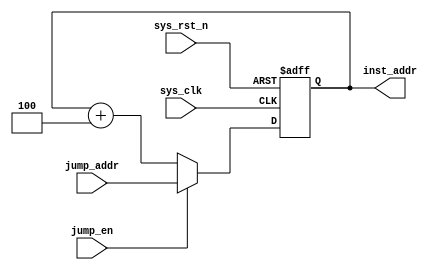
module program_counter (
    input wire sys_clk,
    input wire sys_rst_n,
    input wire jump_en,
    input wire [31:0] jump_addr,
    output reg [31:0] inst_addr
);
    
    // inst_mem[0, 4, 8, 12,...] 
    always @(posedge sys_clk or negedge sys_rst_n) begin
        if (sys_rst_n == 1'b0)
            inst_addr <= 32'd0;
        else if (jump_en == 1'b1)
            inst_addr <= jump_addr;
        else 
            inst_addr <= inst_addr + 3'd4;
    end    

endmodule